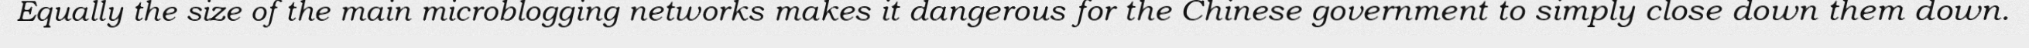
Equally the size of the main microblogging networks makes it dangerous for the Chinese government to simply close down them down.